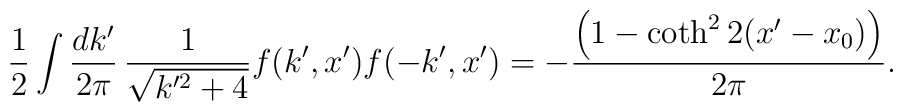
\frac{1}{2}\int\frac{dk'}{2\pi}\,\frac{1}{\sqrt{k'^{2}+4}}f(k',x')f(-k',x')=-\frac{\left(1-\coth^{2}2(x'-x_{0})\right)}{2\pi}.